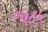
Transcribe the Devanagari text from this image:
०७८५